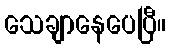
သေချာနေပေပြီ။